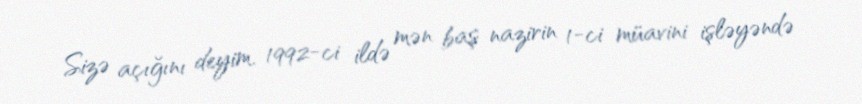
Sizə açığını deyim, 1992-ci ildə mən baş nazirin 1-ci müavini işləyəndə